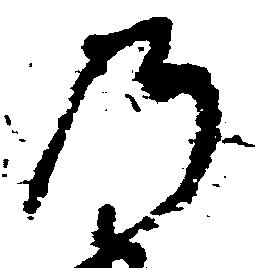
乃